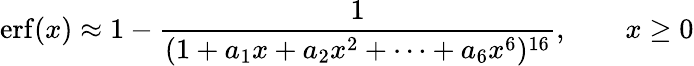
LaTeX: \operatorname{erf}(x)\approx 1-{\frac{1}{(1+a_{1}x+a_{2}x^{2}+\cdots+a_{6}x^{6})^{16}}},\qquad x\geq 0